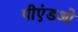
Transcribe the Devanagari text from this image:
पीएंडओ